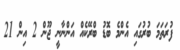
ފުރަތަމަ ބުރުގައި އެންމެ ބޮޑު ބްރޭކެއް އަންނާނީ ޖޫން 2 އިން 21